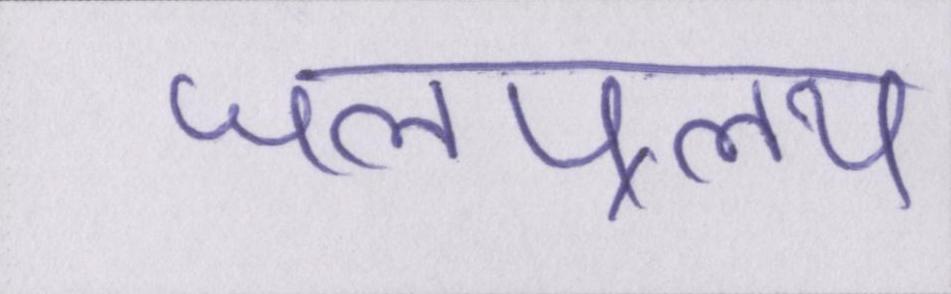
जलप्रलय